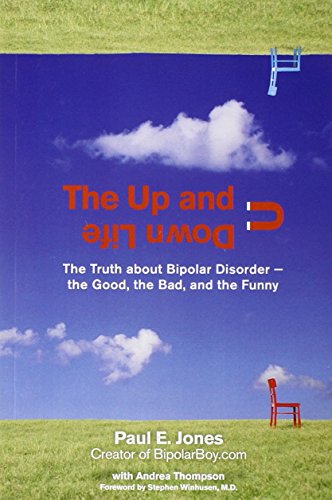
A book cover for The Up and Down Life: The Truth About Bipolar Disorder--the Good, the Bad, and the Funny (Lynn Sonberg Books); Paul E. Jones; Health, Fitness & Dieting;